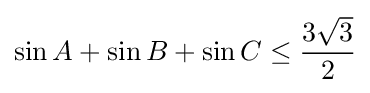
\sin A+\sin B+\sin C\leq {\frac {3{\sqrt {3}}}{2}}